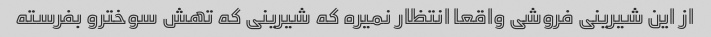
از این شیرینی فروشی واقعا انتظار نمیره که شیرینی که تهش سوخترو بفرسته